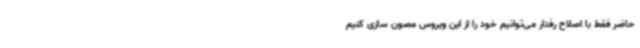
حاضر فقط با اصلاح رفتار می‌توانیم خود را از این ویروس مصون سازی کنیم